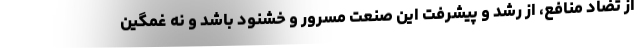
از تضاد منافع، از رشد و پیشرفت این صنعت مسرور و خشنود باشد و نه غمگین